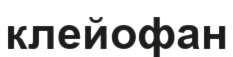
клейофан